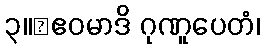
၃။	ဧဝမာဒိ ဂုဏူပေတံ၊